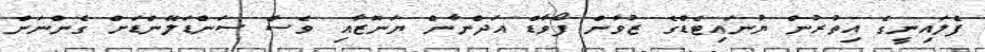
ފެލައިނީގެ އިތުރުން ޔުނައިޓެޑްގެ ޒުވާން ފޯވާޑް އަދްނާން ޔަނޫޒާއި ވެސް ސަންޑަލޭންޑަށް ގެންނަން